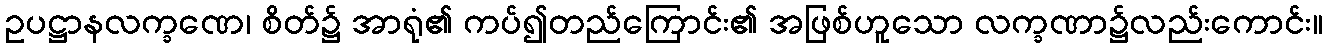
ဥပဋ္ဌာနလက္ခဏေ၊ စိတ်၌ အာရုံ၏ ကပ်၍တည်ကြောင်း၏ အဖြစ်ဟူသော လက္ခဏာ၌လည်းကောင်း။